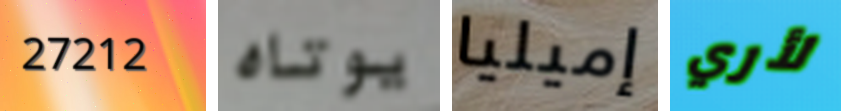
27212 يوتاه إميليا لأري